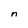
Character: n